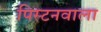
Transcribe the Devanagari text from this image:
पिस्टनवाला